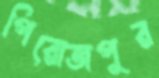
পিরোজপুর